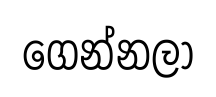
ගෙන්නලා